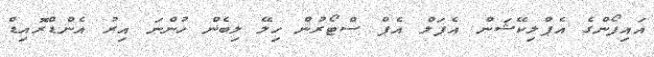
އައިފޯންގެ އެޕްލިކޭޝަން އެޕަލް އެޕް ސްޓޯރުން ހިލޭ ލިބެން ހުންނަ އިރު އެންޑްރޮއިޑް